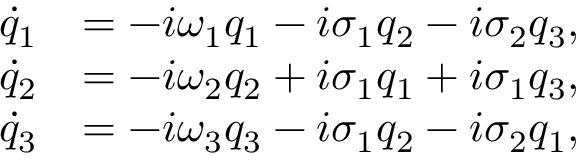
\begin{array} { r l } { \dot { q } _ { 1 } } & { = - i \omega _ { 1 } q _ { 1 } - i \sigma _ { 1 } q _ { 2 } - i \sigma _ { 2 } q _ { 3 } , } \\ { \dot { q } _ { 2 } } & { = - i \omega _ { 2 } q _ { 2 } + i \sigma _ { 1 } q _ { 1 } + i \sigma _ { 1 } q _ { 3 } , } \\ { \dot { q } _ { 3 } } & { = - i \omega _ { 3 } q _ { 3 } - i \sigma _ { 1 } q _ { 2 } - i \sigma _ { 2 } q _ { 1 } , } \end{array}